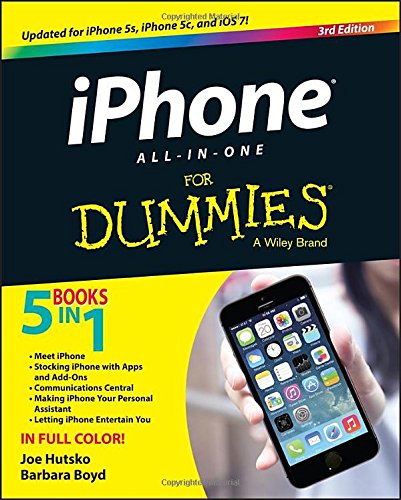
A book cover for iPhone All-in-One For Dummies; Joe Hutsko; Computers & Technology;